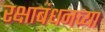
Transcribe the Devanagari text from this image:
रक्षाबंधनच्या